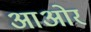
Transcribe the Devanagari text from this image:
आओर